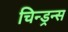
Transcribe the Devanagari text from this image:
चिन्ड्रन्स